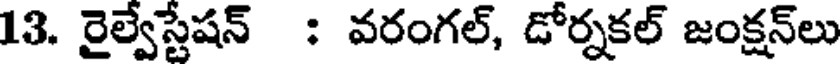
13. రైల్వేస్టేషన్ : వరంగల్, డోర్నకల్ జంక్షన్లు